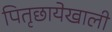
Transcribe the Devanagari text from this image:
पितृछायेखाली